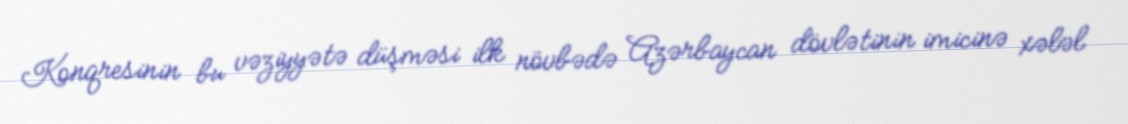
Konqresinin bu vəziyyətə düşməsi ilk növbədə Azərbaycan dövlətinin imicinə xələl